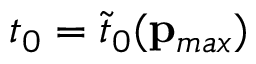
t _ { 0 } = \tilde { t } _ { 0 } ( \mathbf { p } _ { m a x } )